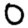
Digit: 0